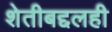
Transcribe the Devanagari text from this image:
शेतीबद्दलही